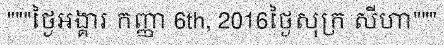
"""ថ្ងៃអង្គារ កញ្ញា 6th, 2016ថ្ងៃសុក្រ សីហា"""